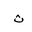
Letter: _tha